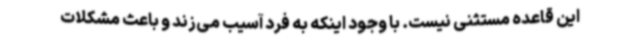
این قاعده مستثنی نیست. با وجود اینکه به فرد آسیب می‌زند و باعث مشکلات